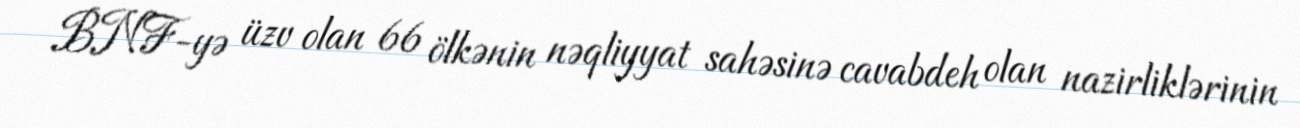
BNF-yə üzv olan 66 ölkənin nəqliyyat sahəsinə cavabdeh olan nazirliklərinin